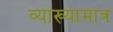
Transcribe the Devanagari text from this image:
व्याख्यामात्र